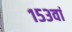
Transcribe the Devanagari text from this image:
१५३वां